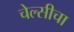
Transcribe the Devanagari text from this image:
चेल्सीचा